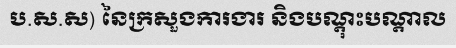
ប.ស.ស) នៃក្រសួងការងារ និងបណ្តុះបណ្តាល